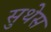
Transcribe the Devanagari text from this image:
सुथेस